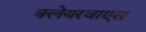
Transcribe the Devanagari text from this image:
क्लेयरवाएंस